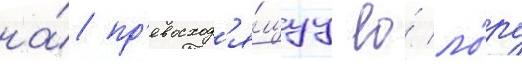
на́ пр'евосход'я́щуу ео́ ло́ру